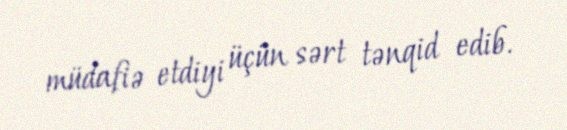
müdafiə etdiyi üçün sərt tənqid edib.